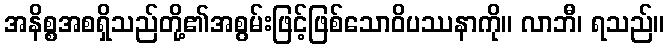
အနိစ္စအစရှိသည်တို့၏အစွမ်းဖြင့်ဖြစ်သောဝိပဿနာကို။ လာဘီ၊ ရသည်။